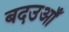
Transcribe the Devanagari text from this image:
बदउआँ